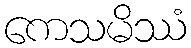
ကေသမိဿံ